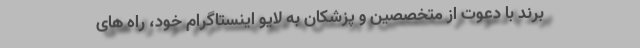
برند با دعوت از متخصصین و پزشکان به لایو اینستاگرام خود، راه های